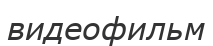
видеофильм